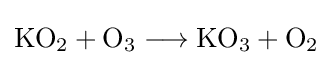
{\mathrm {KO} {\vphantom {A}}_{\smash[{t}]{2}}{}+{}\mathrm {O} {\vphantom {A}}_{\smash[{t}]{3}}{}\mathrel {\longrightarrow } {}\mathrm {KO} {\vphantom {A}}_{\smash[{t}]{3}}{}+{}\mathrm {O} {\vphantom {A}}_{\smash[{t}]{2}}}